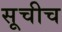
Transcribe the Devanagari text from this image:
सूचीच